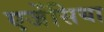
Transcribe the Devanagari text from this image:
एजेंसिया